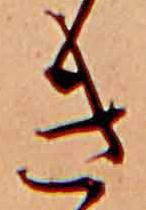
き